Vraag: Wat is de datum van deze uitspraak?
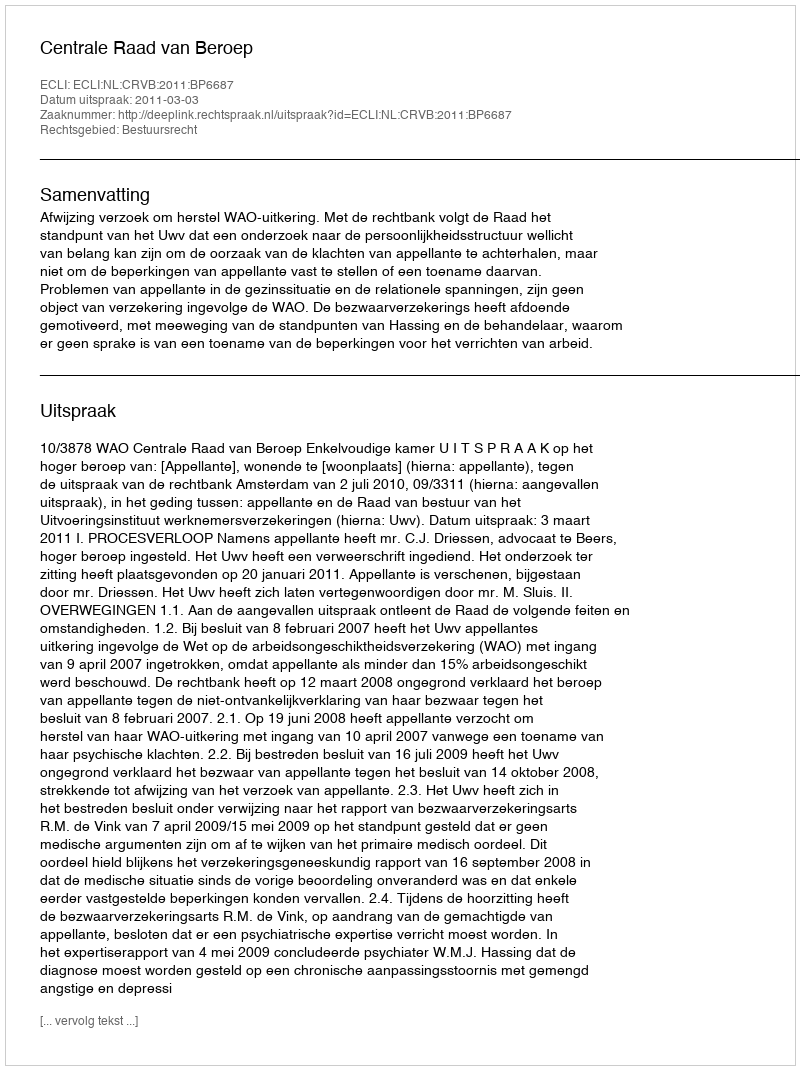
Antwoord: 2011-03-03